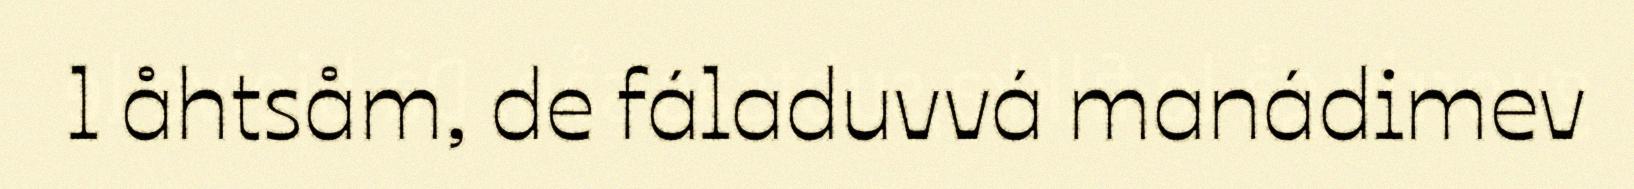
l åhtsåm, de fáladuvvá manádimev